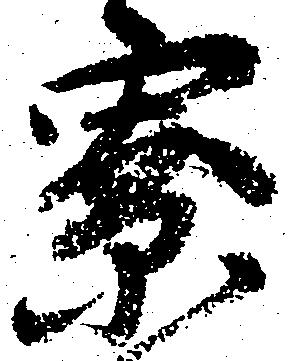
寮